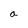
Character: a